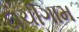
દાચીગામ